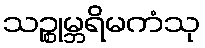
သဉ္စုမ္ဘရိမကံသု